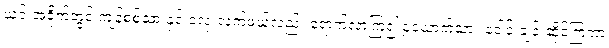
ယင်းအခိုက်တွင် ကျန်စစ်သားနှင့် ငလုံးလက်ဖယ်လည်း ရောက်လာကြ၍ ၄ယောက်သား ခေါင်းချင်းဆိုင်ကြကာ